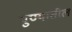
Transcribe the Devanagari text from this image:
पुण्‍यातील